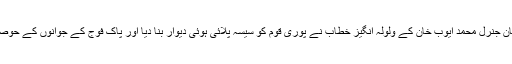
انہی لمحات میں صدر پاکستان جنرل محمد ایوب خان کے ولولہ انگیز خطاب نے پوری قوم کو سیسہ پلائی ہوئی دیوار بنا دیا اور پاک فوج کے جوانوں کے حوصلے آسمان کو چھونے لگے۔